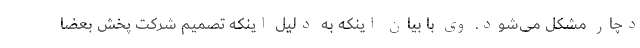
دچار مشکل می‌شود. وی با بیان اینکه به دلیل اینکه تصمیم شرکت پخش بعضا